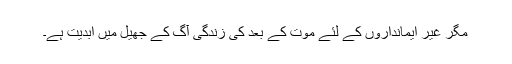
مگر غیر ایمانداروں کے لئے موت کے بعد کی زندگی آگ کے جھیل میں ابدیت ہے۔